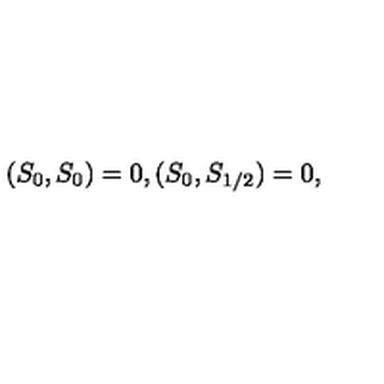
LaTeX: ( S _ { 0 } , S _ { 0 } ) = 0 , ( S _ { 0 } , S _ { 1 / 2 } ) = 0 ,